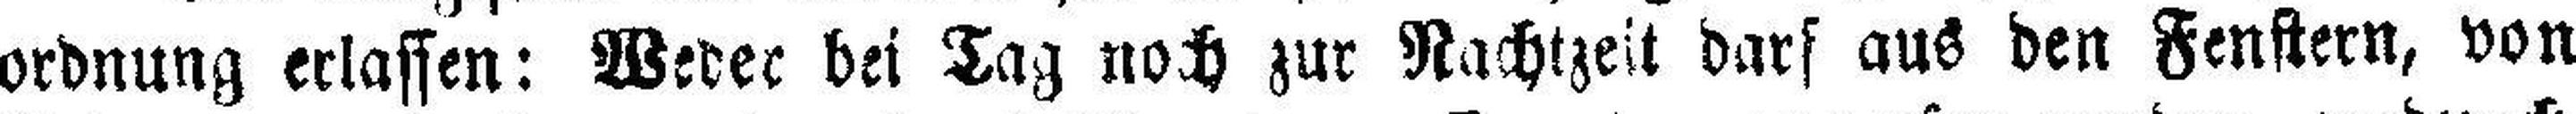
ordnung erlassen: Weder bei Tag noch zur Nachtzeit darf aus den Fenstern, von